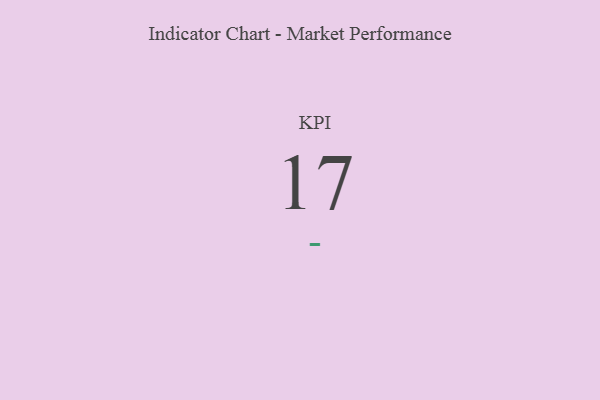
{"axis": {"x": "KPI", "y": "Value"}, "legend": [""], "data": [{"x": "KPI", "y": 17, "type": ""}]}